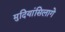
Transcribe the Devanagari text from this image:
मुदियांसिलागे